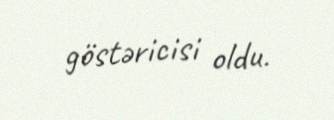
göstəricisi oldu.